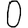
Digit: 0